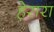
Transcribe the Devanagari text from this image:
हेरारा